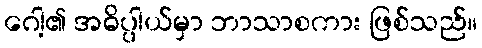
ဂေါ့၏ အဓိပ္ပါယ်မှာ ဘာသာစကား ဖြစ်သည်။